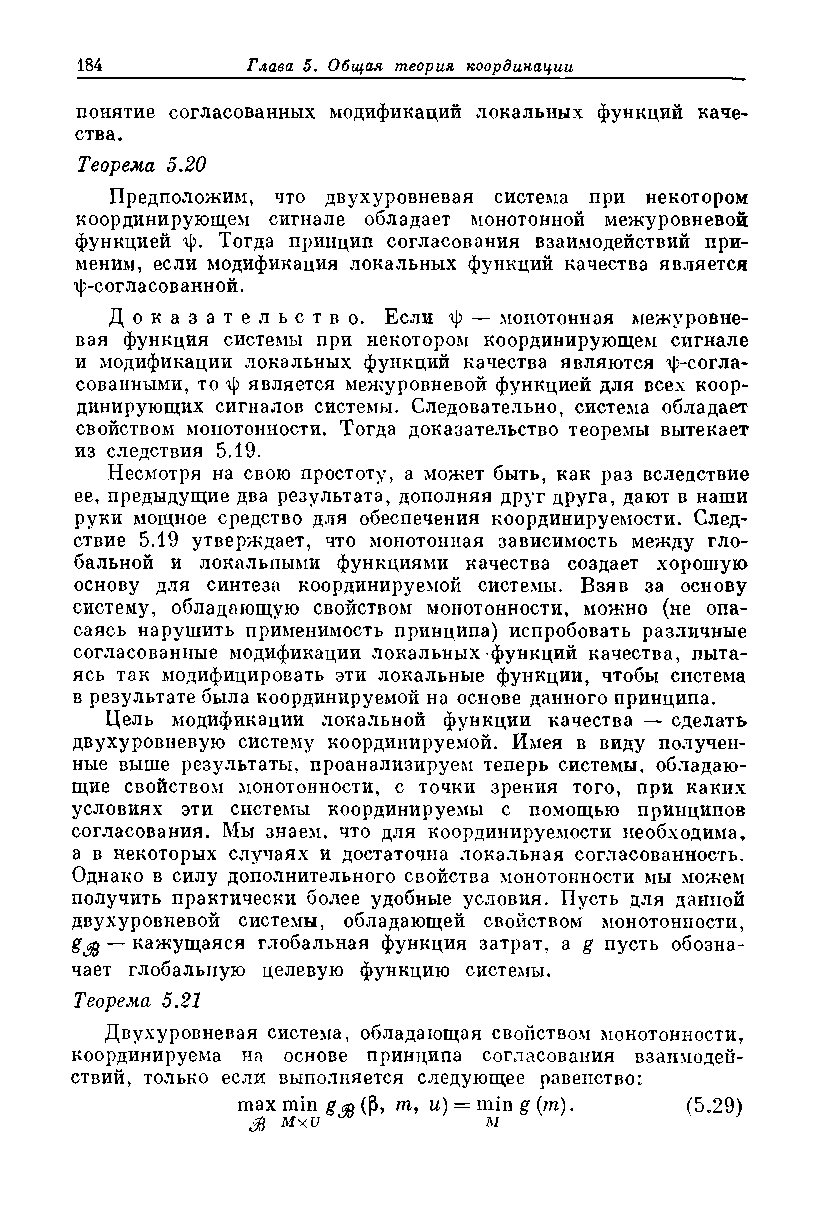
понятие согласованных модификаций локальных функций каче­
 ства.
 Теорема 5.20
 Предположим, что двухуровневая система при некотором
 координирующем сигнале обладает монотонной межуровневой
 функцией ф. Тогда принцип согласования взаимодействий при­
 меним, если модификация локальных функций качества является
 ф-согласованной.
 Д о к а з а т е л ь с т в о . Если ф — монотонная межуровне­
 вая функция системы при некотором координирующем сигнале
 и модификации локальных функций качества являются ф-согла-
 сованными, то ф является межуровневой функцией для всех коор­
 динирующих сигналов системы. Следовательно, система обладает
 свойством монотонности. Тогда доказательство теоремы вытекает
 из следствия 5.19.
 Несмотря на свою простоту, а может быть, как раз вследствие
 ее, предыдущие два результата, дополняя друг друга, дают в наши
 руки мощное средство для обеспечения координируемости. След­
 ствие 5.19 утверждает, что монотонная зависимость между гло­
 бальной и локальными функциями качества создает хорошую
 основу для синтеза координируемой системы. Взяв за основу
 систему, обладающую свойством монотонности, можно (не опа­
 саясь нарушить применимость принципа) испробовать различные
 согласованные модификации локальных функций качества, пыта­
 ясь так модифицировать эти локальные функции, чтобы система
 в результате была координируемой на основе данного принципа.
 Цель модификации локальной функции качества — сделать
 двухуровневую систему координируемой. Имея в виду получен­
 ные выше результаты, проанализируем теперь системы, обладаю­
 щие свойством монотонности, с точки зрения того, при каких
 условиях эти системы координируемы с помощью принципов
 согласования. Мы знаем, что для координируемости необходима,
 а в некоторых случаях и достаточна локальная согласованность.
 Однако в силу дополнительного свойства монотонности мы можем
 получить практически более удобные условия. Пусть для данной
 двухуровневой системы, обладающей свойством монотонности,
 g$ “ кажущаяся глобальная функция затрат, a g пусть обозна­
 чает глобальную целевую функцию системы.
 Теорема 5.21
 Двухуровневая система, обладающая свойством монотонности,
 координируема на основе принципа согласования взаимодей­
 ствий, только если выполняется следующее равенство:
 шах min g (Р, m, и) = min g (т). (5.29)
 $  MxU          м